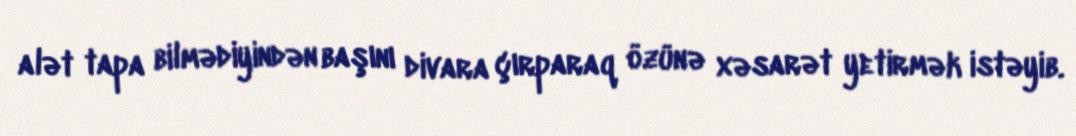
alət tapa bilmədiyindən başını divara çırparaq özünə xəsarət yetirmək istəyib.